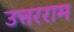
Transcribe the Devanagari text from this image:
उत्तरराम